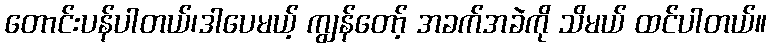
တောင်းပန်ပါတယ်၊ဒါပေမယ့် ကျွန်တော့် အခက်အခဲကို သိမယ် ထင်ပါတယ်။